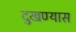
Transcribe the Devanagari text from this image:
दुखण्यास